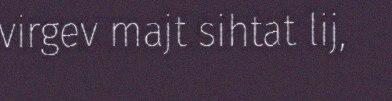
virgev majt sihtat lij,